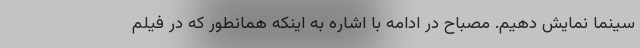
سینما نمایش دهیم. مصباح در ادامه با اشاره به اینکه همانطور که در فیلم